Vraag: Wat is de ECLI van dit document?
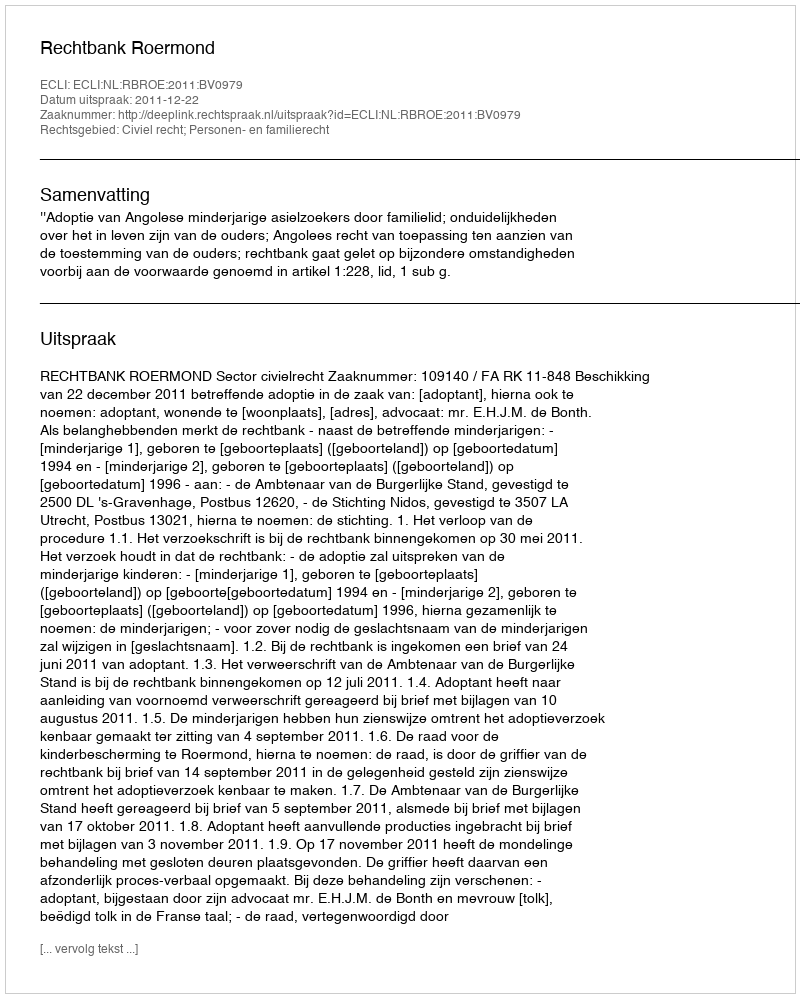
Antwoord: ECLI:NL:RBROE:2011:BV0979